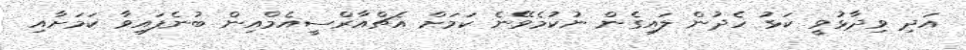
އަދި ވިދާޅުވީ ކަޅު ހެދުން ލައިގެން ނުކުމެވޭނެ ކަމަށް އެޗްއާރްސީއެމްއިން ބުނެފައިވާ ކަމަށާއި